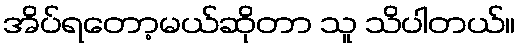
အိပ်ရတော့မယ်ဆိုတာ သူ သိပါတယ်။